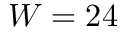
W = 2 4